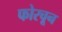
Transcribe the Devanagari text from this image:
फोरचून